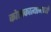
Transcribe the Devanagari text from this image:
कोलकात्यामध्ये